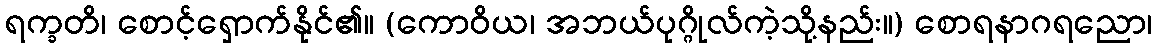
ရက္ခတိ၊ စောင့်ရှောက်နိုင်၏။ (ကောဝိယ၊ အဘယ်ပုဂ္ဂိုလ်ကဲ့သို့နည်း။) စောရနာဂရညော၊